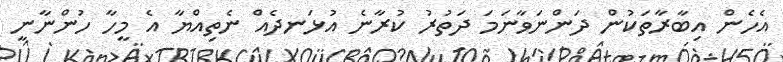
އެހެން އިބާރާތަކުން ދަންނަވާނަމަ ދަތުރު ކުރާނެ އުޅަނދެއް ނެތިއްޔާ އެ މީހާ ހުންނާނީ